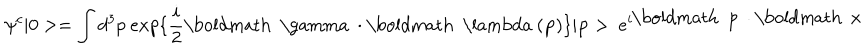
\psi ^ { c } | 0 > = \int d ^ { 3 } p ~ e x p \{ \frac { i } { 2 } \mathrm { \boldmath ~ \ g a m m a ~ } \cdot \mathrm { \boldmath ~ \ l a m b d a ~ } ( { \bf p } ) \} | { \bf p } > ~ e ^ { i \mathrm { \boldmath ~ p ~ } \cdot \mathrm { \boldmath ~ x ~ } }